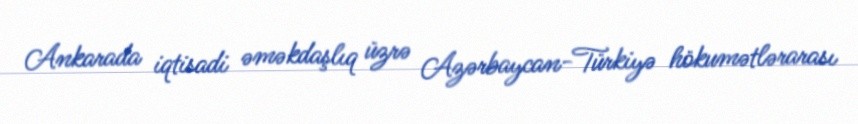
Ankarada iqtisadi əməkdaşlıq üzrə Azərbaycan-Türkiyə hökumətlərarası